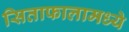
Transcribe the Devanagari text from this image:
सिताफालामध्ये